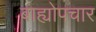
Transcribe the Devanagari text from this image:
बाह्योपचार